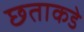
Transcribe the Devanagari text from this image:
छताकडे